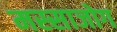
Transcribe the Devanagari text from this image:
मस्साजोग